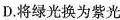
D.将绿光换为紫光